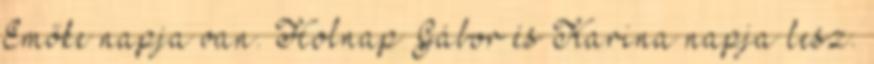
Emőke napja van. Holnap Gábor és Karina napja lesz.